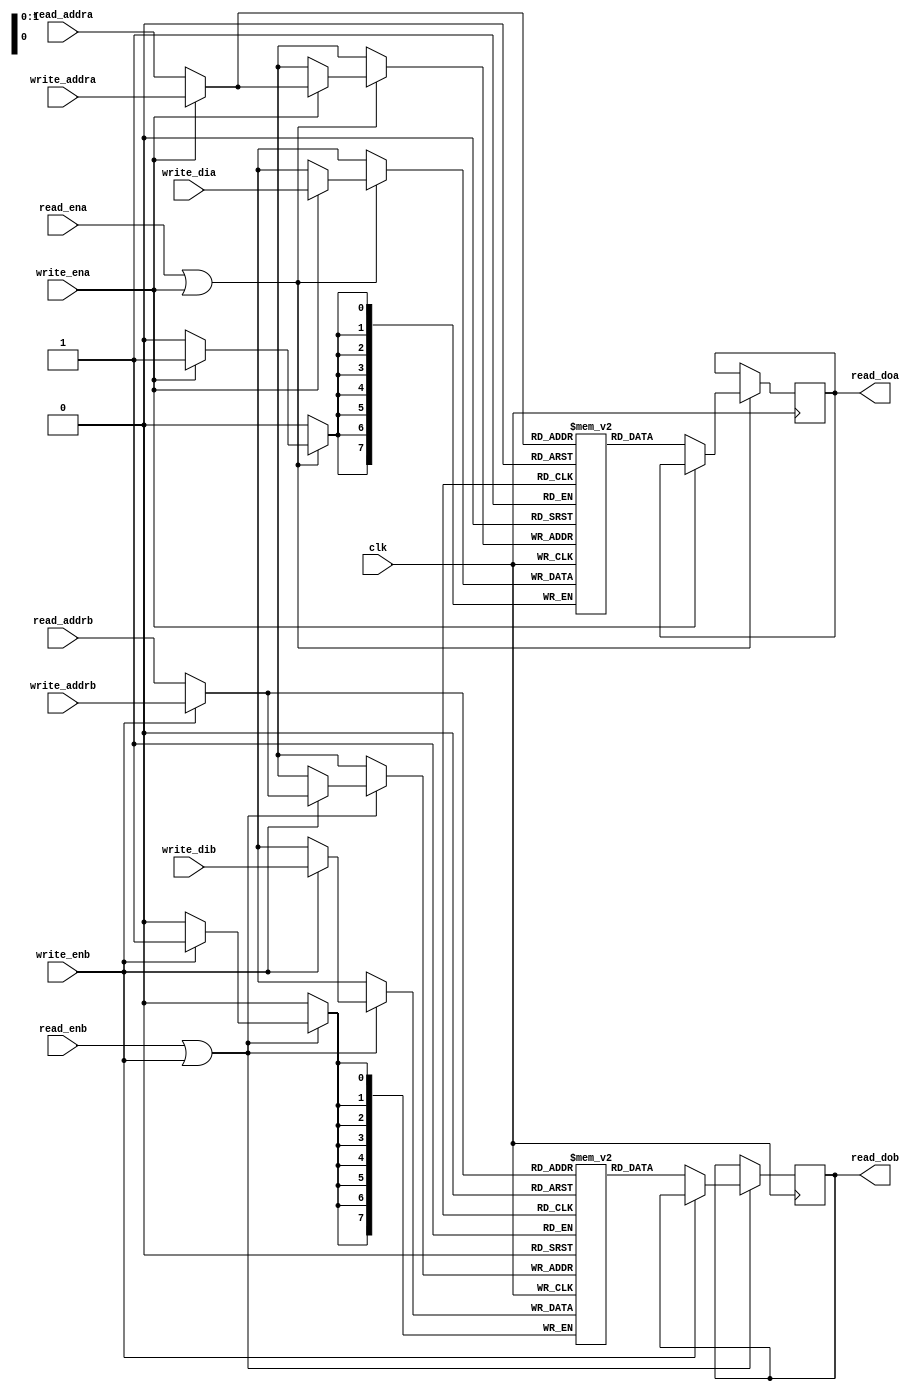
`timescale 1ns / 1ps
// Modified Dual-Port Block RAM with Two Write Ports
// Original File: rams_tdp_rf_rf.v
// Modified by: Justin Chong

module B_RAM 
	#(
		parameter width = 8, 					// width is the number of bits per location
		parameter depth_bits_a = 2,				// depth is the number of locations (2^number of address bits)
		parameter depth_bits_b = 2
	) 
	(
		input clk,
		input write_ena,
		input write_enb,
		input [depth_bits_a-1:0] write_addra,
		input [depth_bits_b-1:0] write_addrb,
		input [width-1:0] write_dia,
		input [width-1:0] write_dib,
		input read_ena, 
		input read_enb,
		input [depth_bits_a-1:0] read_addra,
		input [depth_bits_b-1:0] read_addrb,
		output reg [width-1:0] read_doa,
		output reg [width-1:0] read_dob);

reg [width-1:0] ram_a [0:2**depth_bits_a-1];
reg [width-1:0] ram_b [0:2**depth_bits_b-1];
wire [depth_bits_a-1:0] address_a;
wire [depth_bits_b-1:0] address_b;
wire ena;
wire enb;

assign ena = read_ena | write_ena;
assign enb = read_enb | write_enb;
assign address_a = write_ena? write_addra:read_addra;
assign address_b = write_enb? write_addrb:read_addrb;

always @(posedge clk)
begin 
  if (ena)
    begin
      if (write_ena)
        ram_a[address_a] <= write_dia;
      else
      	read_doa <= ram_a[address_a];
    end
  if (enb)
  	begin
  	  if (write_enb)
  	  	ram_b[address_b] <= write_dib;
  	  else
  	  	read_dob <= ram_b[address_b];
  	end
end

endmodule